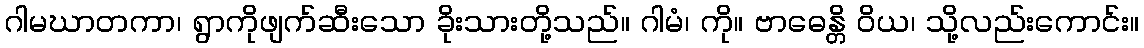
ဂါမဃာတကာ၊ ရွာကိုဖျက်ဆီးသော ခိုးသားတို့သည်။ ဂါမံ၊ ကို။ ဗာဓေန္တိ ဝိယ၊ သို့လည်းကောင်း။